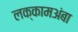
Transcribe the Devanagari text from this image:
लक्कामअंबा